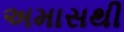
અમાસથી